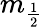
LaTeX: m_{\frac{1}{2}}